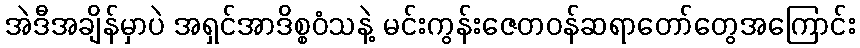
အဲဒီအချိန်မှာပဲ အရှင်အာဒိစ္စဝံသနဲ့ မင်းကွန်းဇေတဝန်ဆရာတော်တွေအကြောင်း